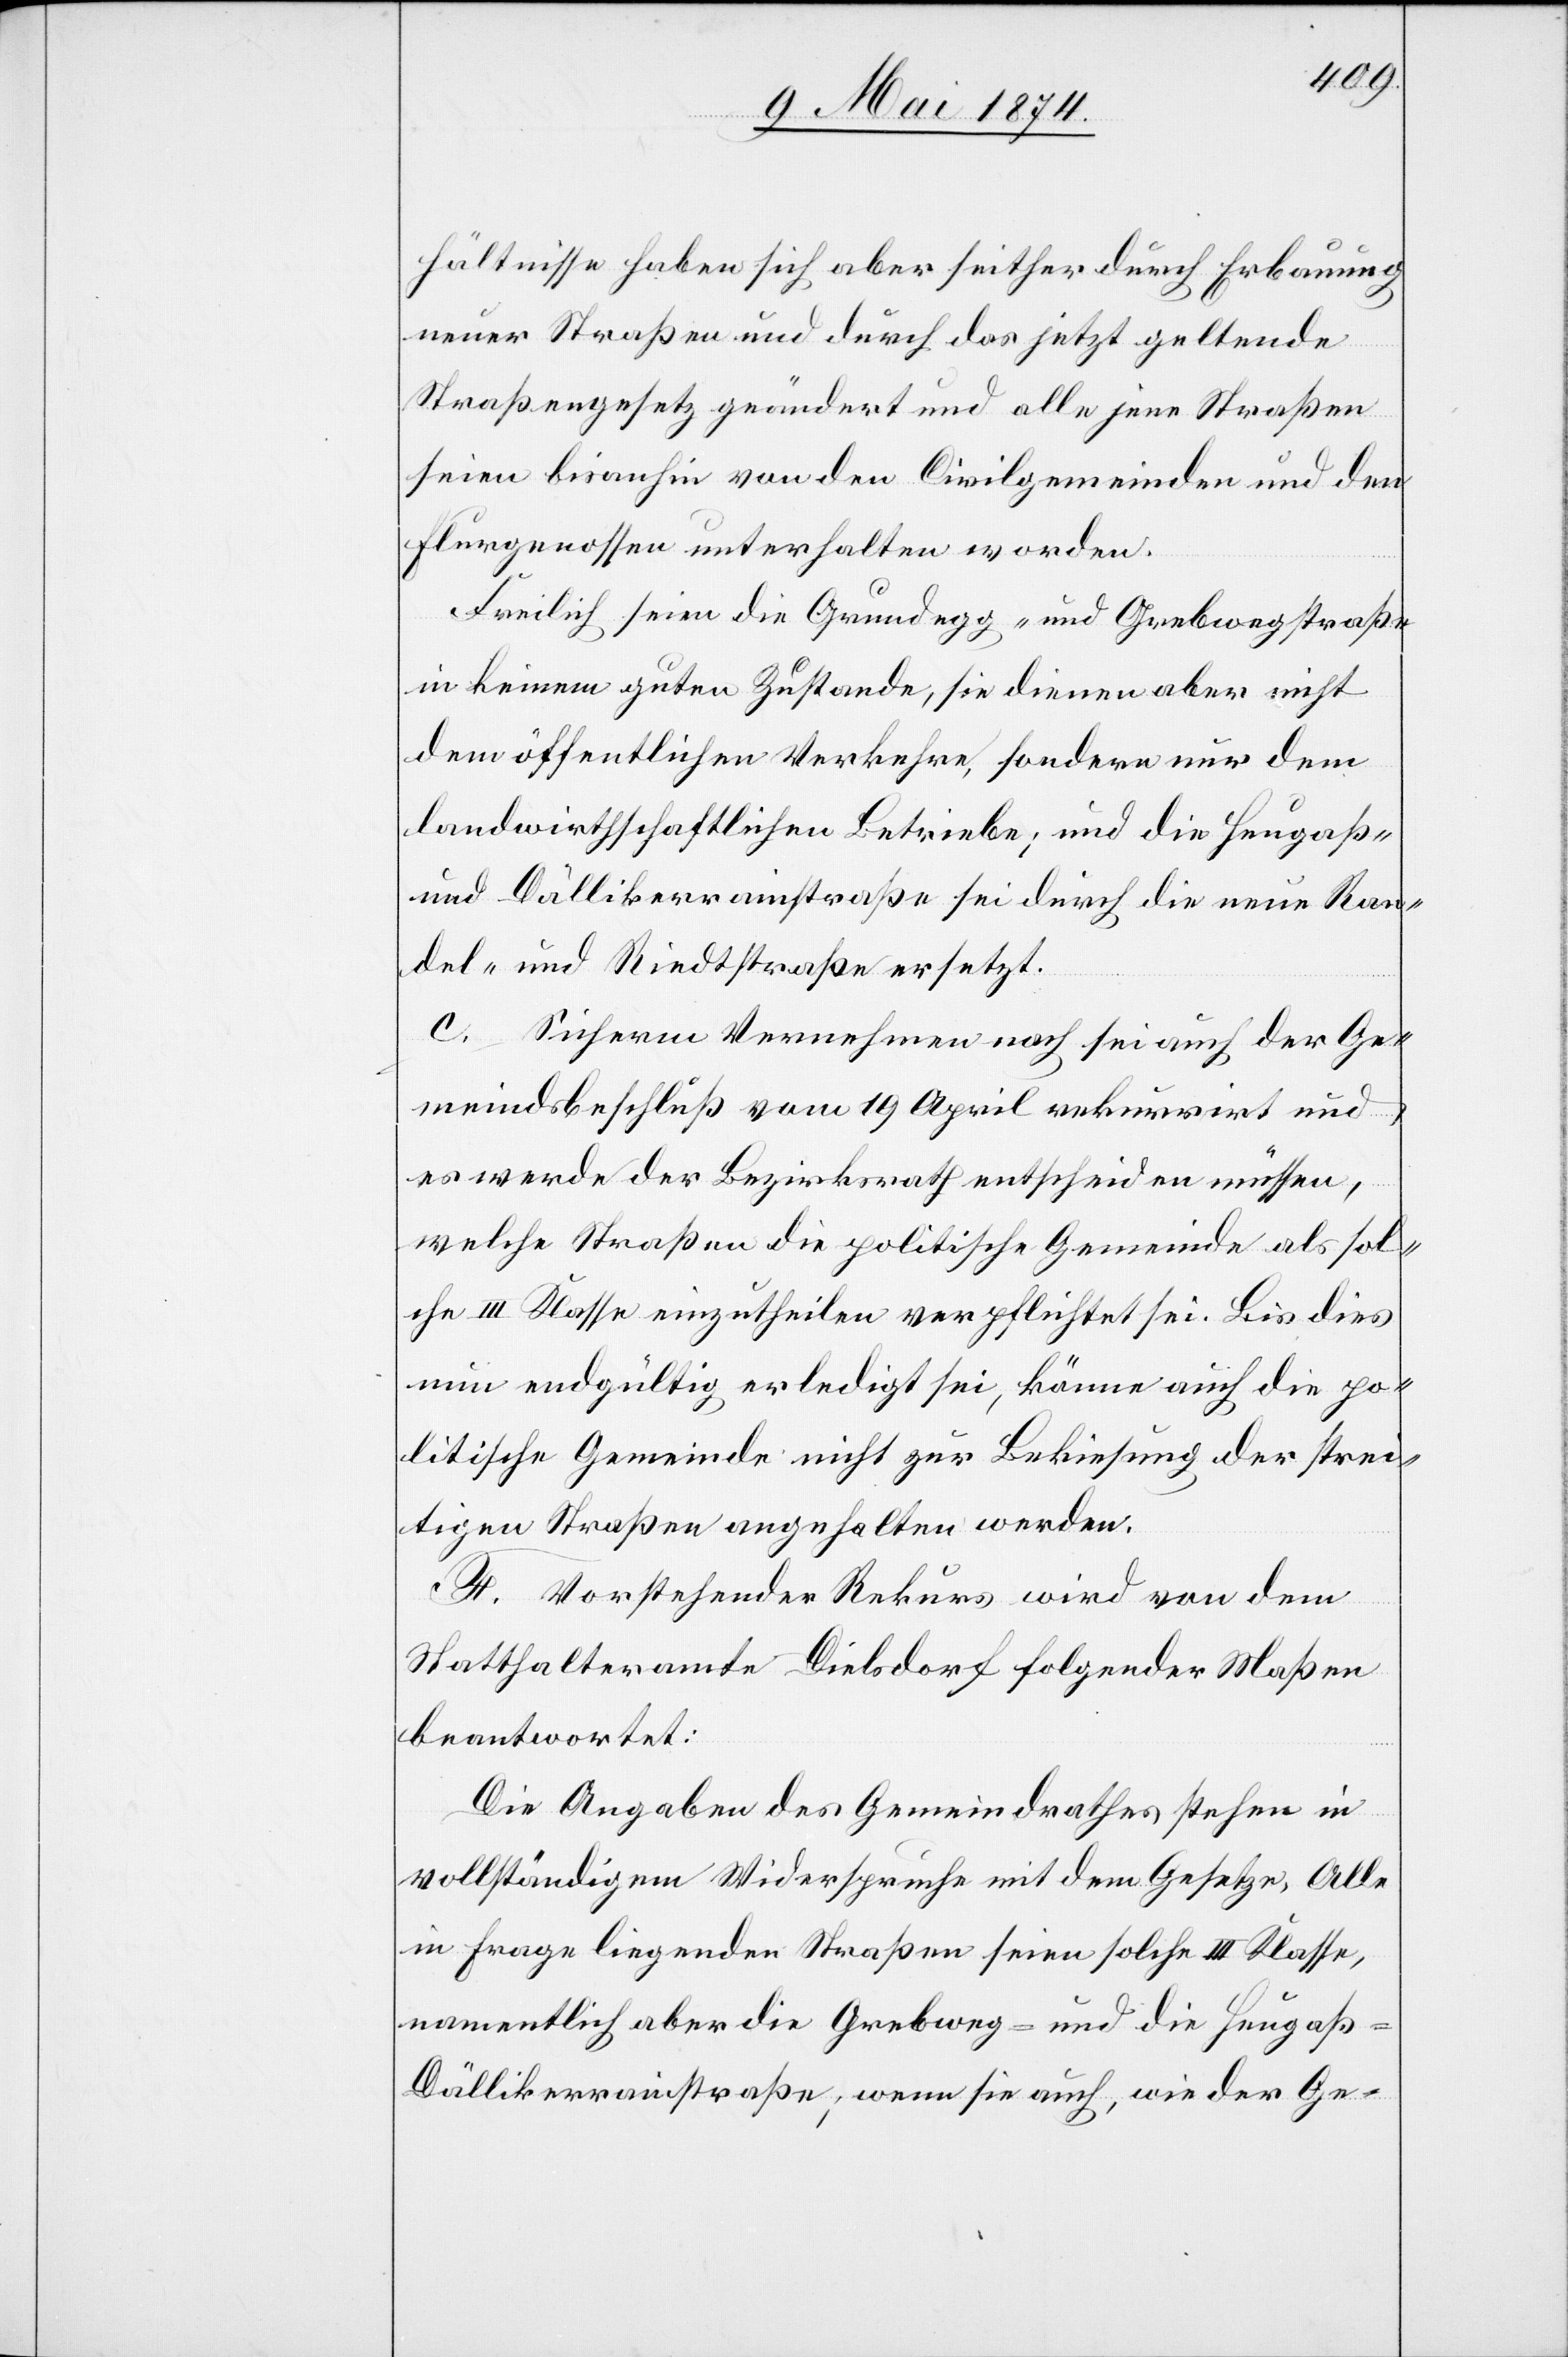
hältnisse haben sich aber seither durch Erbauung
neuer Straßen und durch das jetzt geltende
Straßengesetz geändert und alle jene Straßen
seien bisanhin von den Civilgemeinden und den
Flurgenossen unterhalten worden.
Freilich seien die Grundegg- und Grebwegstraße
in keinem guten Zustande, sie dienen aber nicht
dem öffentlichen Verkehre, sondern nur dem
landwirthschaftlichen Betriebe; und die Heugaß-
und Dällikerrainstraße sei durch die neue Ran¬
del- und Riedtstraße ersetzt.
c. Sicherem Vernehmen nach sei auch der Ge¬
meindsbeschluß vom 19. April rekurrirt und
es werde der Bezirksrath entscheiden müssen,
welche Straßen die politische Gemeinde als sol¬
che III. Klasse einzutheilen verpflichtet sei. Bis dies
nun endgültig erledigt sei, könne auch die po¬
litische Gemeinde nicht zur Bekiesung der strei¬
tigen Straßen angehalten werden.
F. Vorstehender Rekurs wird von dem
Statthalteramte Dielsdorf folgender Maßen
beantwortet:
Die Angaben des Gemeindrathes stehen in
vollständigem Widerspruch mit dem Gesetze, Alle
in Frage liegenden Straßen seien solche III: Klasse,
namentlich aber die Grebweg- und die Heugaß-D¬
ällikerrainstraße; wenn sie auch, wie der Ge